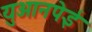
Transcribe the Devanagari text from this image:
युआनपेई